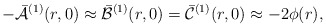
\begin{align*}-\bar{\cal A}{}^{(1)}(r,0)\approx \bar{\cal B}{}^{(1)}(r,0) =\bar{\cal C}{}^{(1)}(r,0)\approx -2\phi(r),\end{align*}